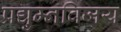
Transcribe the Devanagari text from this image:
प्रद्युम्नविजय